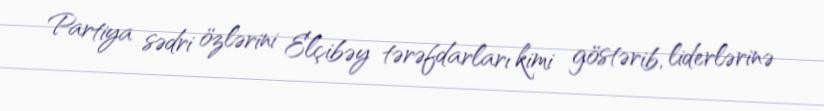
Partiya sədri özlərini Elçibəy tərəfdarları kimi göstərib, liderlərinə